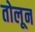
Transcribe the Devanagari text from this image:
तोलून